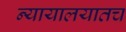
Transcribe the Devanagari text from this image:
न्यायालयातच